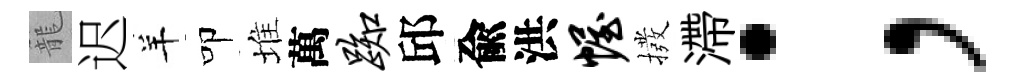
籠迟羊叩堆萬踟邱兪洪幄撥滯；